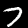
Label: 7